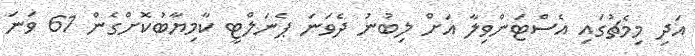
އަދި މިމެޗުގައި އެސްޓަންވިލާ އަށް ލިބުނު ދެވަނަ ޕެނަލްޓީ ކާމިޔާބުކޮށްގެން 61 ވަނަ